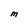
Character: M